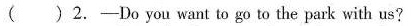
( ) 2.-Do you want to go to the park with us?